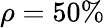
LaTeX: \rho=50\%